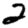
Digit: 2